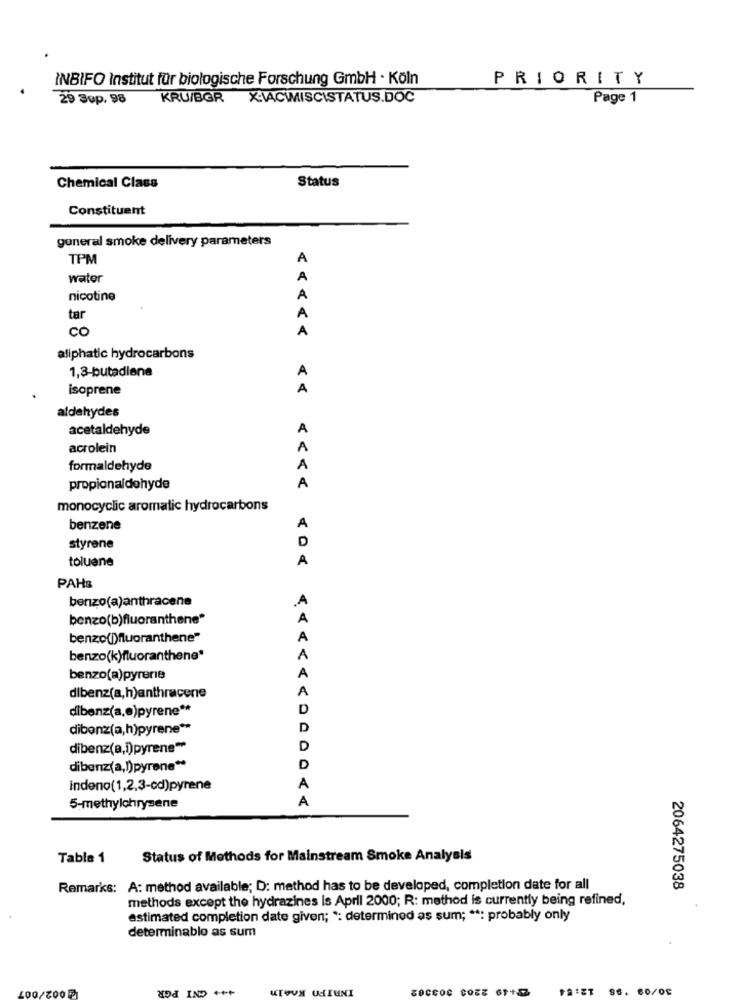
INBIFO Institut für biologische Forschung GmbH · Köln
PRIORITY
29 Sep. 98
KRU/BGR X:VACIMISCISTATUS.DOC
Page 1
Status
Chemical Class
Constituent
general smoke delivery parameters
TPM
A
water
A
nicotine
A
tar
CO
aliphatic hydrocarbons
1,3-butadiene
A
isoprene
A
aldehydes
acetaldehyde
A
acrolein
formaldehyde
A
propionaldehyde
A
monocyclic aromatic hydrocarbons
benzene
D
styrene
toluene
A
PAHB
benzo(a)anthracene
benzo(b)fluoranthene*
A
benzo(i)fluoranthene"
A
benzo(k)fluoranthene"
A
benzo(a)pyrene
A
A
dibenz(a,h)anthracene
dibenz(a,e)pyrene **
D
dibenz(a,h)pyrene **
D
dibenz(a,i)pyrene **
D
dibenz(a,l)pyrene **
D
indeno(1,2,3-cd)pyrene
A
A
5-methylchrysene
Table 1
Status of Methods for Mainstream Smoke Analyals
Remarks: A: method available; D: method has to be developed, completion date for all
2064275038
methods except the hydrazines is April 2000; R: method is currently being refined,
estimated completion date given; *: determined as sum; **: probably only
determinablo as sum
GNI PGR
INRIPO KAely
S6. 80/0€